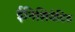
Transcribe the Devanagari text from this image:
ईनिशियेटिव